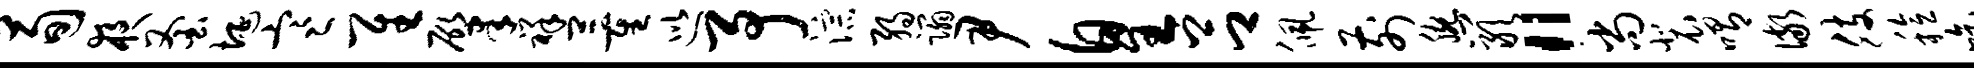
荀夜釜埏寒隹肇祥董巡予淙弱蹋尹皇吕佩前腕岩“尚裴喟儆肢稔吃